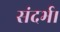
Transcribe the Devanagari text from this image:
संदर्भ।